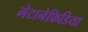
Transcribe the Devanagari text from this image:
मेटानेफ्रिडिया